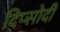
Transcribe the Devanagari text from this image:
दिप्सोदी